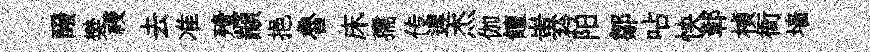
醱樊祲去准殪顓挹魯床孺传遲杰伽饘蚩衿阳鄒呫怏鄣楨衙墙